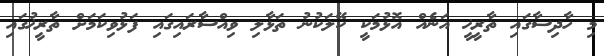
މި ހާދިސާގައި ތާރީޚީ އަނެއް އޮޅުމަކީ ކޭލަކުނު ތަޅާލި ވިއްސާރައިގައި ފަޅުވިކަމަށް ތާރީޚުގައި